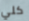
كلي